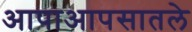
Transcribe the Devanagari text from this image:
आपाआपसातले